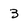
Character: 3